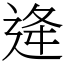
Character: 逄